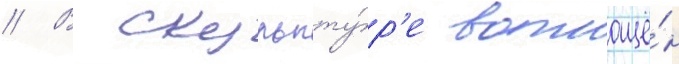
// В скульпту́р'е воплощё́н